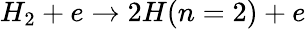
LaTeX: H_{2}+e\rightarrow 2H(n=2)+e